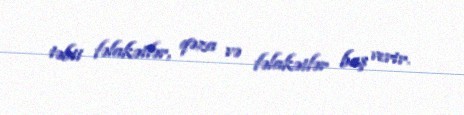
təbii fəlakətlər, qəza və fəlakətlər baş verir.